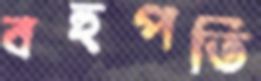
বহুপতি